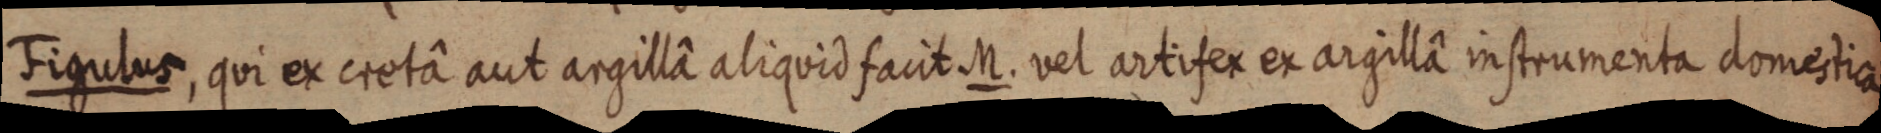
Figulus, qui ex cretâ aut argillâ aliquid facit M. vel artifex et argillâ instrumenta domestica